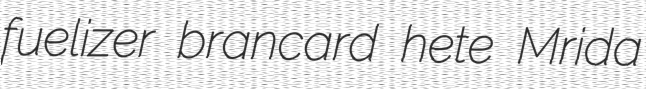
fuelizer brancard hete Mrida